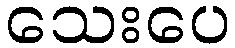
သေးပေ